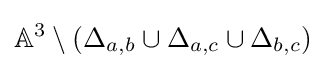
\mathbb {A} ^{3}\setminus (\Delta _{a,b}\cup \Delta _{a,c}\cup \Delta _{b,c})